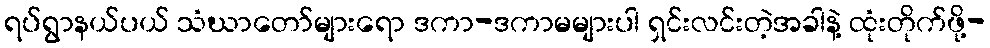
ရပ်ရွာနယ်ပယ် သံဃာတော်များရော ဒကာ-ဒကာမများပါ ရှင်းလင်းတဲ့အခါနဲ့ ထုံးတိုက်ဖို့-